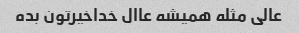
عالی مثله همیشه عاال خداخیرتون بده